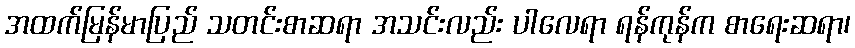
အထက်မြန်မာပြည် သတင်းစာဆရာ အသင်းလည်း ပါလေရာ ရန်ကုန်က စာရေးဆရာ၊